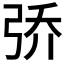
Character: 𮱵